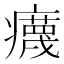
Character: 𤻻